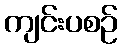
ကျင်းပစဉ်